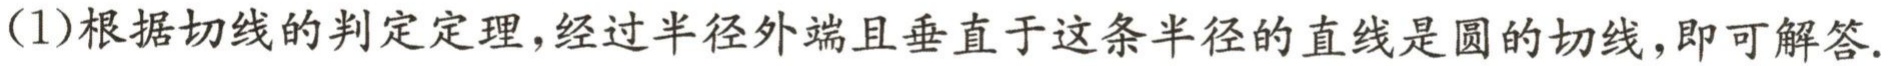
(1)根据切线的判定定理，经过半径外端且垂直于这条半径的直线是圆的切线，即可解答.